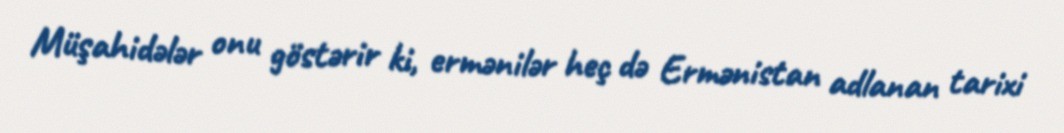
Müşahidələr onu göstərir ki, ermənilər heç də Ermənistan adlanan tarixi